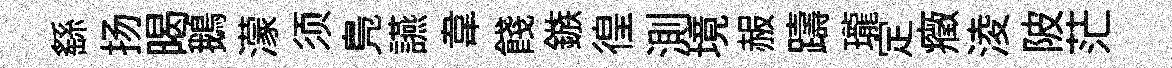
繇扬暍鵝濛须鳬讌韋餞鏃徨測境赧躊瓏定癥淩陂茫